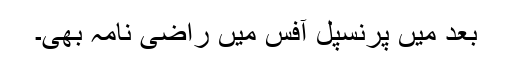
بعد میں پرنسپل آفس میں راضی نامہ بھی۔